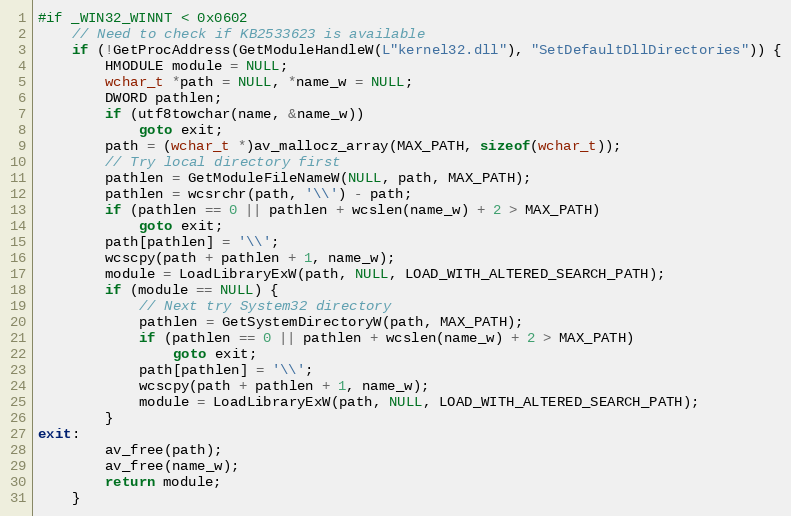
Language: C
#if _WIN32_WINNT < 0x0602
    // Need to check if KB2533623 is available
    if (!GetProcAddress(GetModuleHandleW(L"kernel32.dll"), "SetDefaultDllDirectories")) {
        HMODULE module = NULL;
        wchar_t *path = NULL, *name_w = NULL;
        DWORD pathlen;
        if (utf8towchar(name, &name_w))
            goto exit;
        path = (wchar_t *)av_mallocz_array(MAX_PATH, sizeof(wchar_t));
        // Try local directory first
        pathlen = GetModuleFileNameW(NULL, path, MAX_PATH);
        pathlen = wcsrchr(path, '\\') - path;
        if (pathlen == 0 || pathlen + wcslen(name_w) + 2 > MAX_PATH)
            goto exit;
        path[pathlen] = '\\';
        wcscpy(path + pathlen + 1, name_w);
        module = LoadLibraryExW(path, NULL, LOAD_WITH_ALTERED_SEARCH_PATH);
        if (module == NULL) {
            // Next try System32 directory
            pathlen = GetSystemDirectoryW(path, MAX_PATH);
            if (pathlen == 0 || pathlen + wcslen(name_w) + 2 > MAX_PATH)
                goto exit;
            path[pathlen] = '\\';
            wcscpy(path + pathlen + 1, name_w);
            module = LoadLibraryExW(path, NULL, LOAD_WITH_ALTERED_SEARCH_PATH);
        }
exit:
        av_free(path);
        av_free(name_w);
        return module;
    }